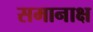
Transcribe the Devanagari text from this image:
समानाक्ष